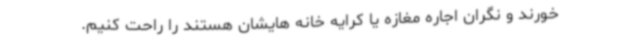
خورند و نگران اجاره مغازه یا کرایه خانه هایشان هستند را راحت کنیم.